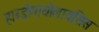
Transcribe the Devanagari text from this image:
हाब्ड़ोमायोलायसिस